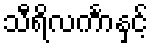
သီရိလင်္ကာနှင့်